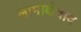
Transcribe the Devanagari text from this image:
लामार्कवाद